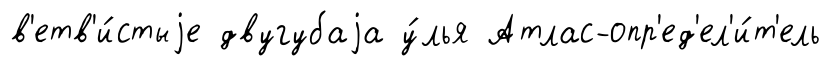
в'етв'и́стыjе двугубаjа у́лья Атлас-опр'ед'ел'и́т'ель